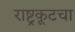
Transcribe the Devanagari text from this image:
राष्ट्रकूटचा